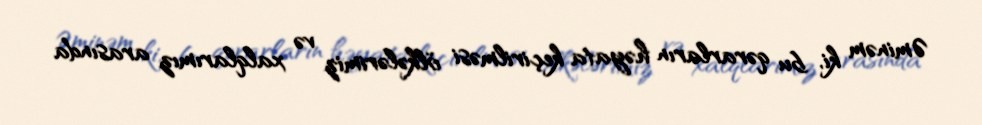
Əminəm ki, bu qərarların həyata keçirilməsi ölkələrimiz və xalqlarımız arasında